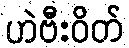
ဟဲဗီးဝိတ်